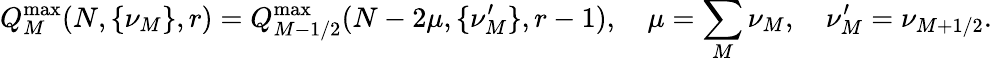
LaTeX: Q_{M}^{\operatorname*{max}}(N,\{ \nu_{M}\} ,r)=Q_{M-1/2}^{\operatorname*{max}}(N-2\mu,\{ \nu_{M}^{\prime}\} ,r-1),\quad\mu=\sum_{M}\nu_{M},\quad\nu_{M}^{\prime}=\nu_{M+1/2}.